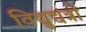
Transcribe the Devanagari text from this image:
विद्युद्यंत्रों